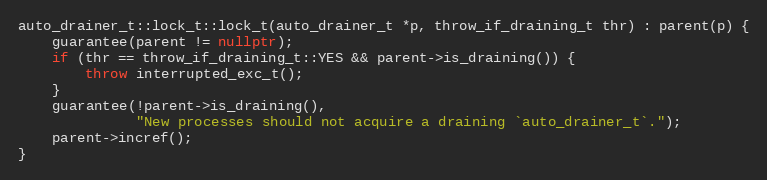
Language: C++
auto_drainer_t::lock_t::lock_t(auto_drainer_t *p, throw_if_draining_t thr) : parent(p) {
    guarantee(parent != nullptr);
    if (thr == throw_if_draining_t::YES && parent->is_draining()) {
        throw interrupted_exc_t();
    }
    guarantee(!parent->is_draining(),
              "New processes should not acquire a draining `auto_drainer_t`.");
    parent->incref();
}